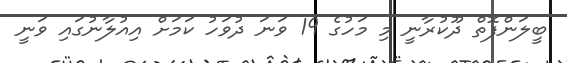
ބީލަންފޮތް ދޫކުރާނީ މި މަހުގެ 19 ވަނަ ދުވަހު ކަމަށް އިއުލާނުގައި ވަނީ